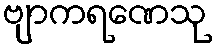
ဗျာကရဏေသု